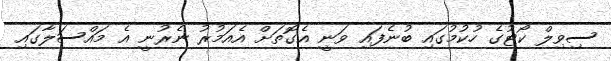
ސިވިލް ކޯޓުގެ ހުކުމުގައި ބުނެފައި ވަނީ އެގޮތަށް އެއަމުރު ނެރުނީ އެ މައްސަލާގައި